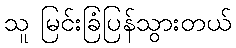
သူ မြင်းခြံပြန်သွားတယ်